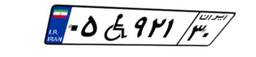
۴۴W۷۷۴۸۲